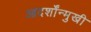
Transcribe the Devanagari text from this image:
आदर्शोंन्मुखी